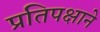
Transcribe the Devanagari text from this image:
प्रतिपक्षाने